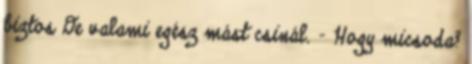
biztos De valami egész mást csinál. - Hogy micsoda?